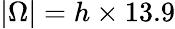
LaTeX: |\Omega|=h\times 13.9